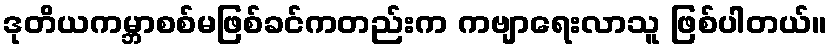
ဒုတိယကမ္ဘာစစ်မဖြစ်ခင်ကတည်းက ကဗျာရေးလာသူ ဖြစ်ပါတယ်။